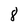
Character: 8